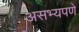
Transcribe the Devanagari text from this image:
असभ्यपणे